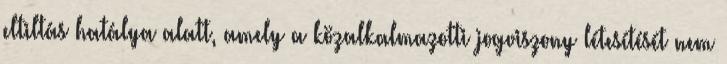
eltiltás hatálya alatt, amely a közalkalmazotti jogviszony létesítését nem